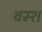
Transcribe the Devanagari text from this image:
वम्श